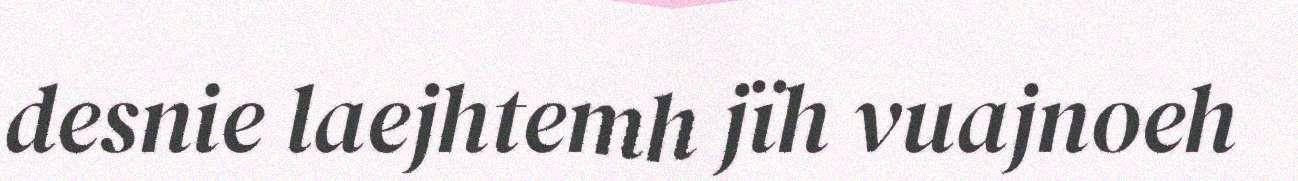
desnie laejhtemh jïh vuajnoeh